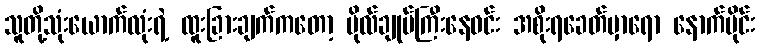
သူတို့သုံးယောက်လုံးရဲ့ ထူးခြားချက်ကတော့ ဗိုလ်ချုပ်ကြီးနေဝင်း အစိုးရခေတ်မှာရော နောက်ပိုင်း